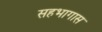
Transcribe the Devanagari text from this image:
सहभागास